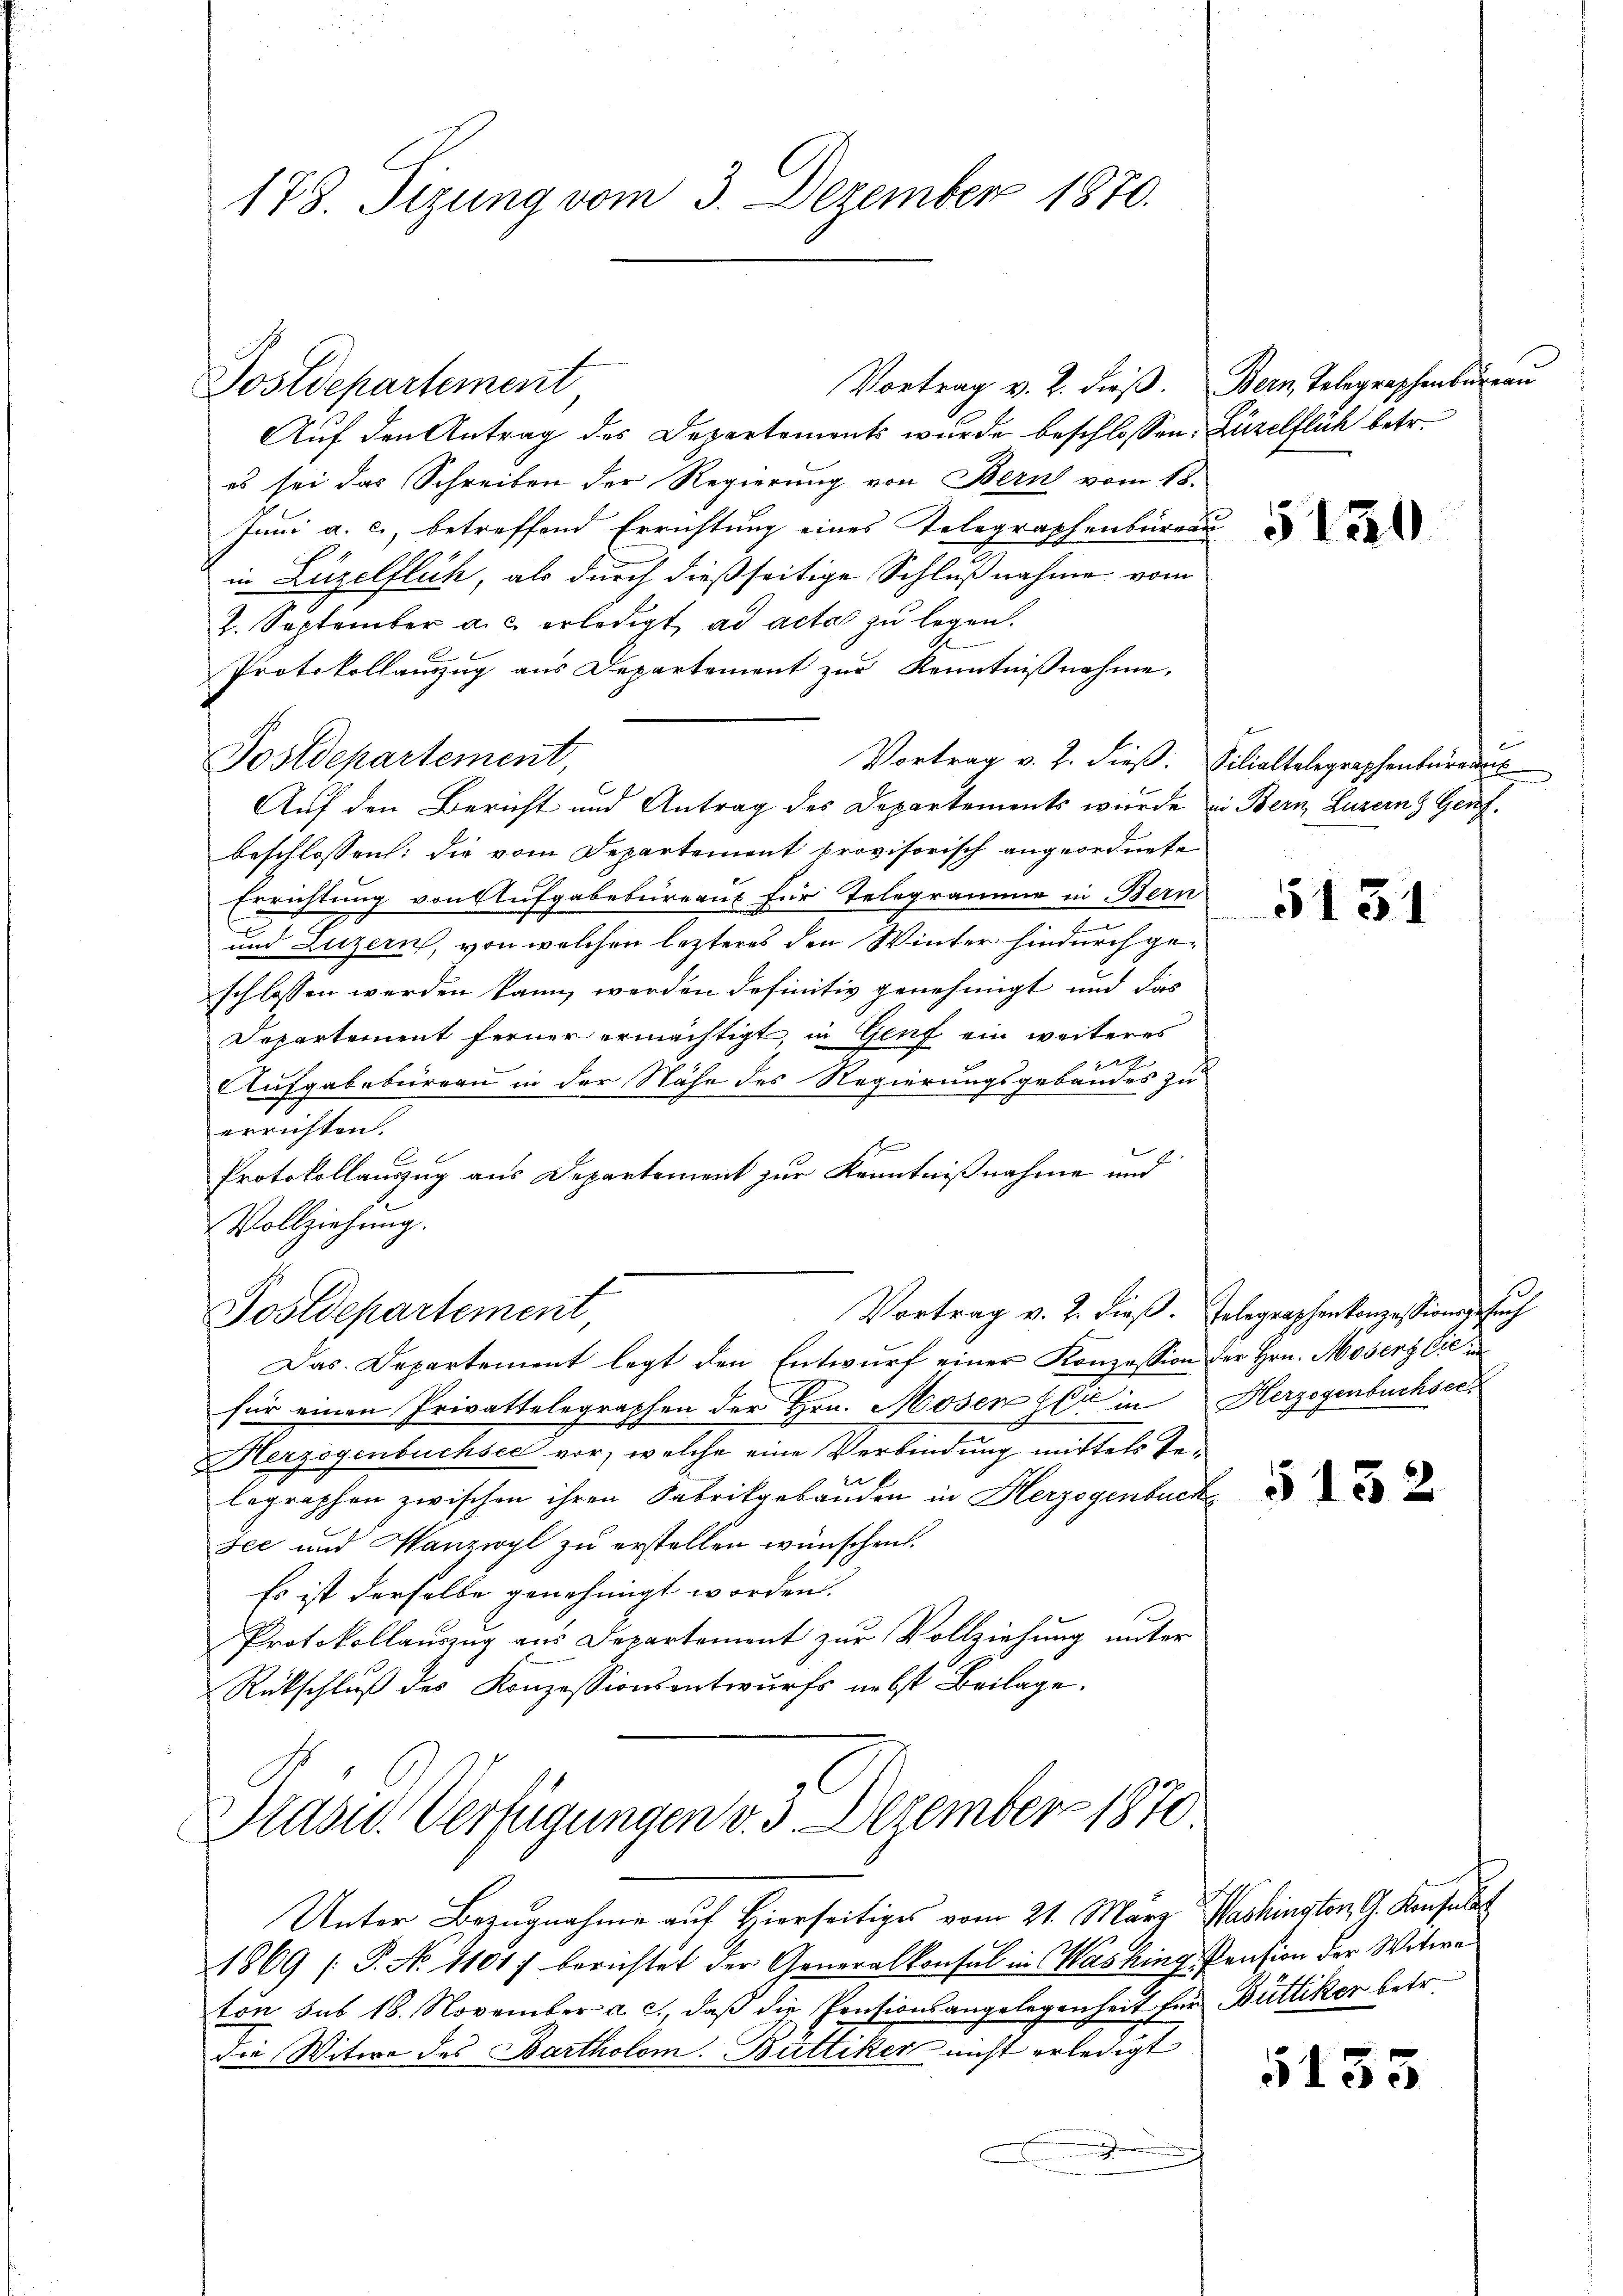
178. Sizung vom 3. Dezember 1870.

Auf den Antrag des Departements wurde beschlossen: Lüzelflich betr.
es sei das Schreiben der Regierung von Bern vom 18.
Juni a. c., betreffend Errichtung eines Telegraphenbureau
in Luzelflich, als durch dießseitige Schlußnahme vom
2. September a. c. erledigt ad acta zu legen.
Protokollauszug aus Departement zur Kenntniβnahme.
Postdepartement,
Auf den Bericht und Antrag des Departements wurde in Bern, Luzern Genf.
beschlossen: die vom Departement provisorisch angeordnete
Errichtung von Aufgabebüreaus für Telegramme in Bern
und Luzern, von welchen lezteres den Winter hindurch geschlossen werden kann, werden definitiv genehmigt und das
Departement ferner ermächtigt, in Genf ein weiteres

Aufgabebureau in der Nähe des Regierungsgebäudes zu
errichten.
Protokollauszug aus Departement zur Kenntnißnahme und
Vollziehung.
Vortrag v. 2. dieß. Gelegraphenkonzessionsgesuch
Postdepartement,
Das Departement legt den Entwurf einer Konzession der Hrn. Moser Cie in
für einen Privattelegraphen der Hrn. Mosen sei in Herzogenbuchsec¬
Herzogenbuchsee vor, welche eine Verbindung mittels Telegraphen zwischen ihren Fabrikgebäuden in Herzogenbuch
see und Panzwyl zu erstellen wünschen.
Es ist derselbe genehmigt worden.
Protokollauszug aus Departement zur Vollziehung unter
Rückschluß des Konzessionsentwurfs nebst Beilage.
Prasw. Verfügungen v. 3. Dezember 1870
Unter Bezugnahme auf Hierseitiges vom 21. März Washington G. Konsuls
1869 [P. No 11017 berichtet der Generalkonsul in Washing Pension der Witwe
ton sus 18. November a. c., daß die Pensionsangelegenheit für Büttiker betr.
die Witwe des Bartholom. Büttiker nicht erledigt

Postdepartement

Vortrag v. 2. dieβ. Bern Telegraphenbureau

5120

Vortrag v. J. dieß. Filialtalegraphenbürger

5131

5183